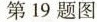
第19题图